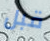
قبل